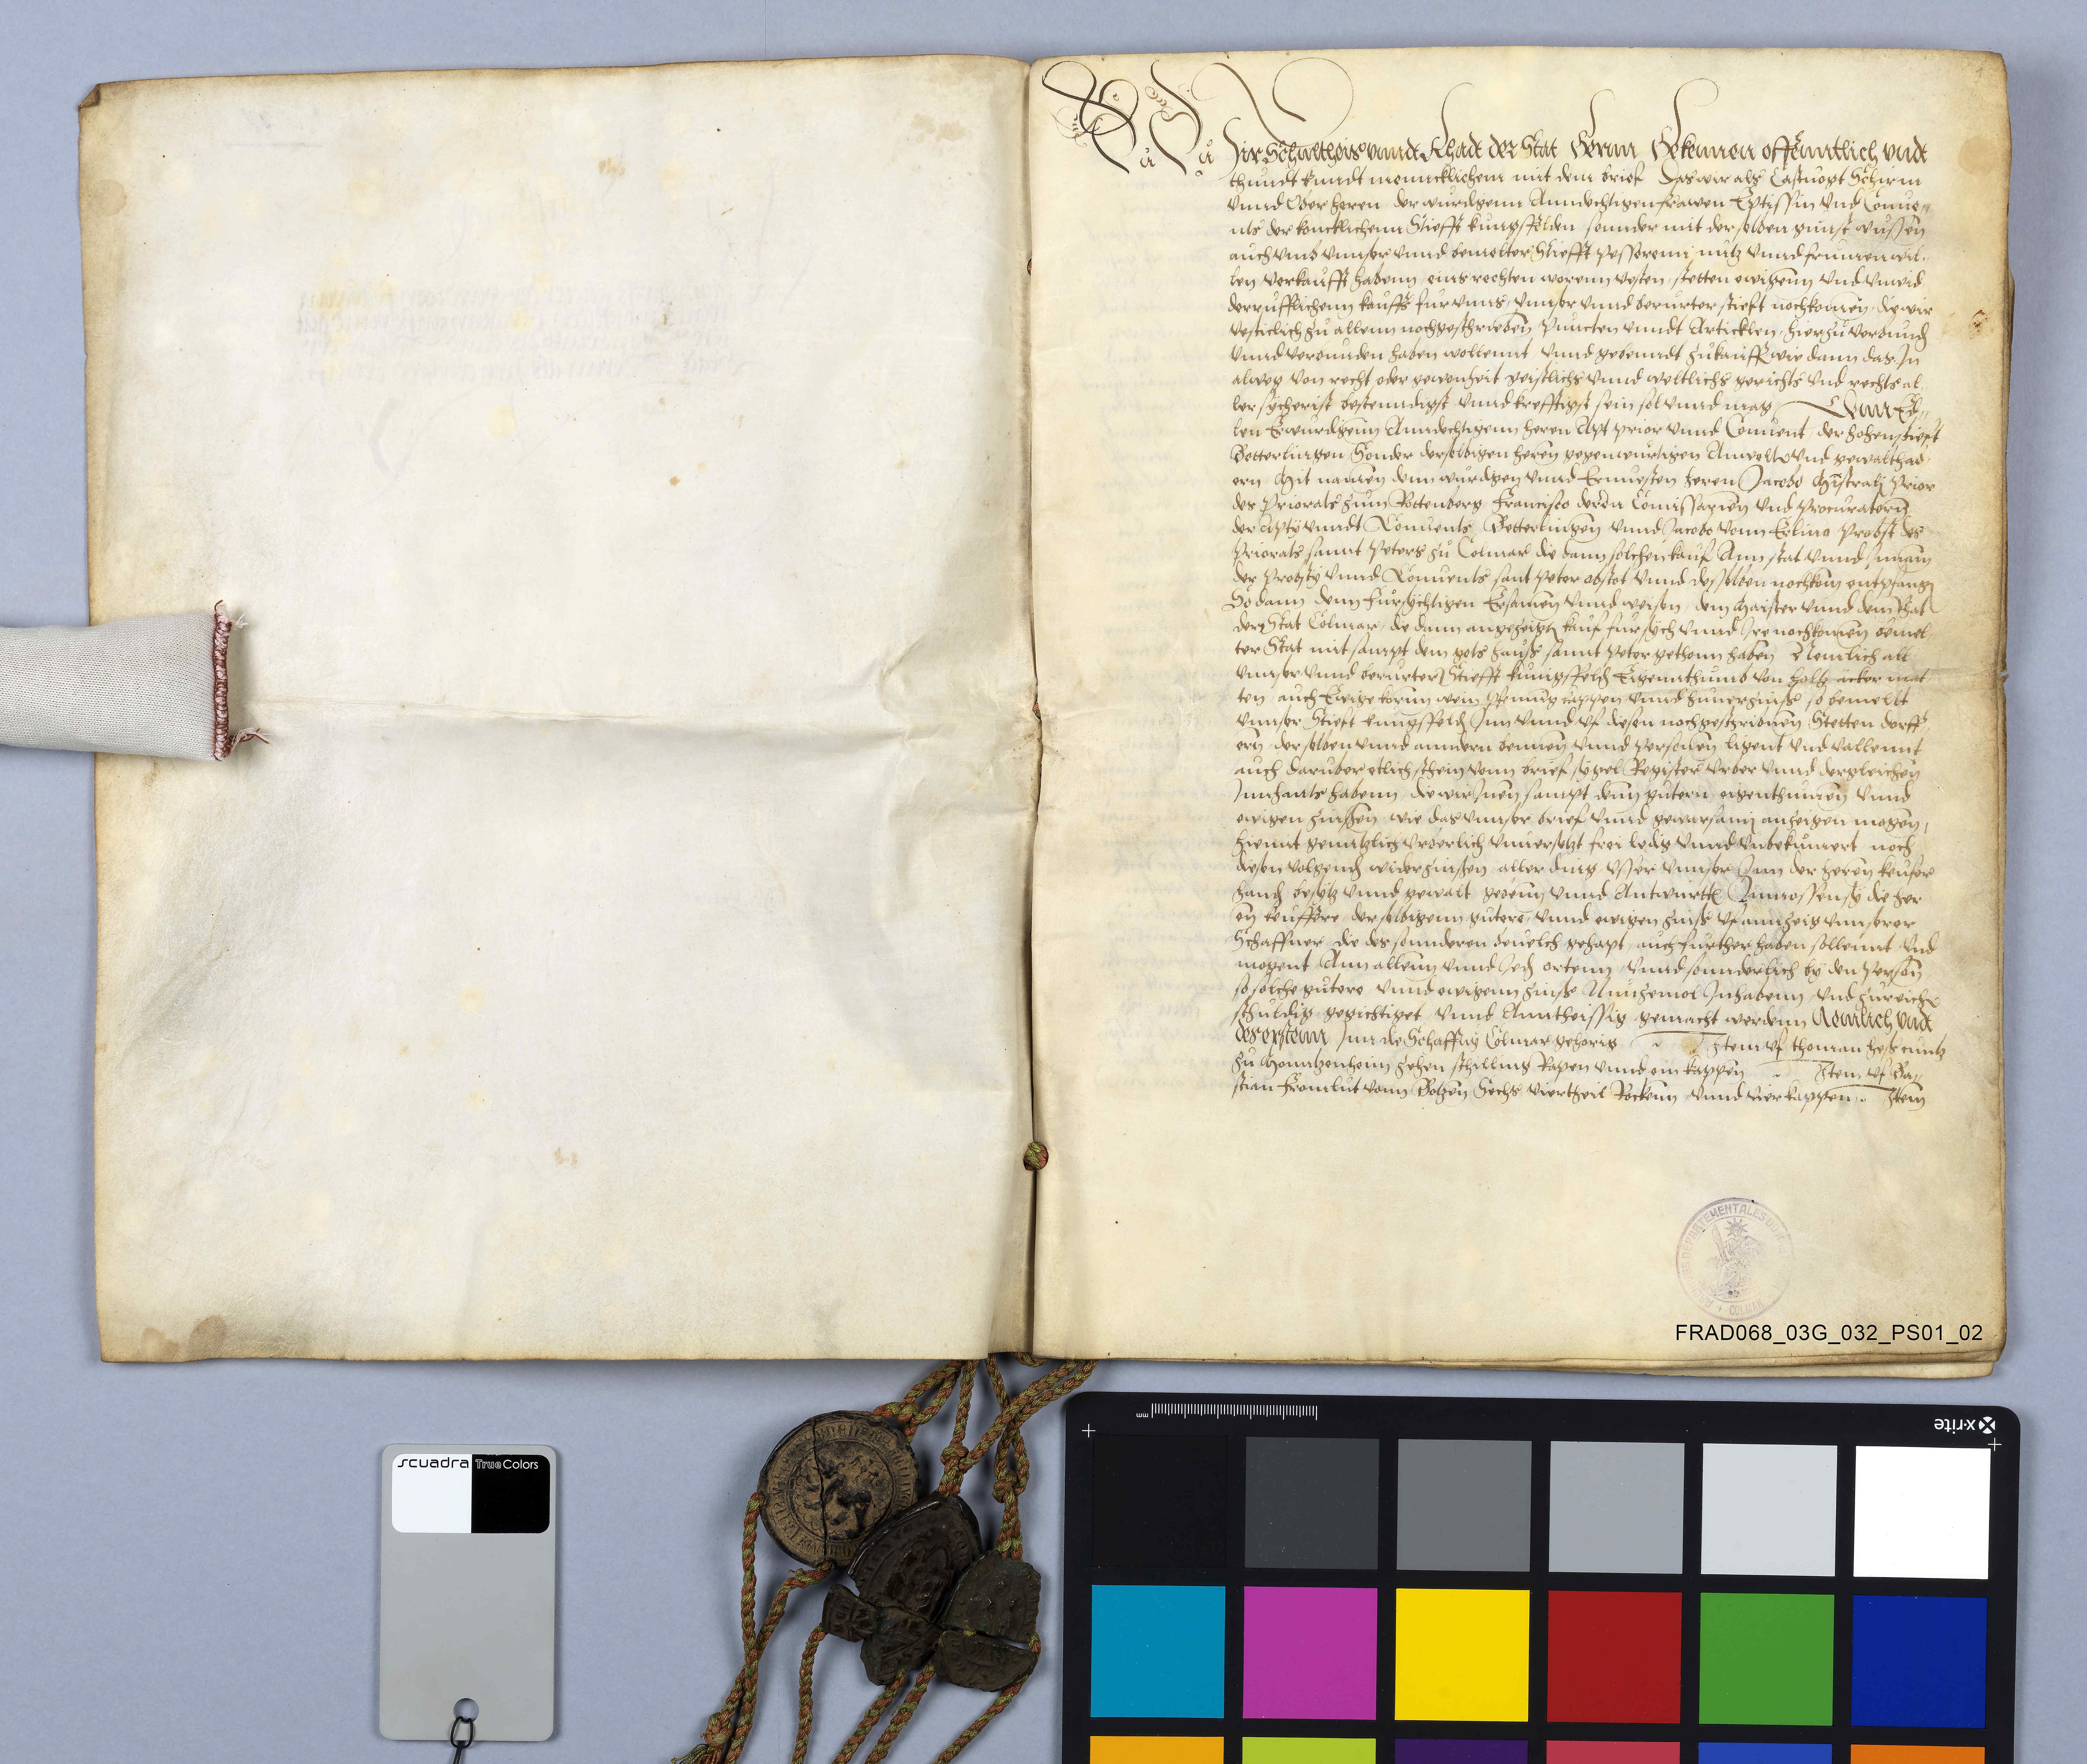
Wir schultheis unndt rhast der stat Bernn bekennen offenntlich undt
thùndt kùndt menncklichem mit dem breif das wir als caͤstvògt schirm
unnd ober herren der wùrdigenn anndechtigen frawen eptissin umd conve-
nts der koncklichenn stiefft Kùngsfelden    mit derselben gùnst wùssen
aùch umb unnsr unnd bemelter stiefft pesserenn nùtz und frùmen wil-
len verkaùfft habenn eins rechten warenn vesten stetten ewigenn und unwid-
derrùfflichenn kauͦffs fùr unns unnser und beru`rter stieft nochkomen die wir
vest